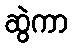
ဆွဲကာ